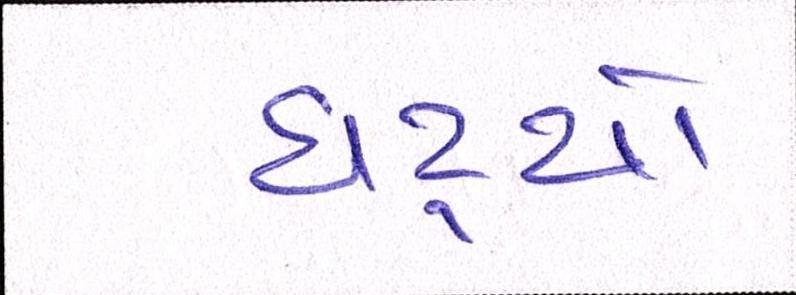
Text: ઘટ્યો